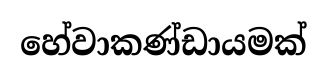
හේවාකණ්ඩායමක්